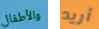
والأطفال أريد